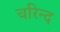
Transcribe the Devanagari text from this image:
चरिन्द